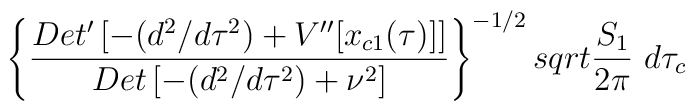
\left\{{{Det^{\prime} \left[- (d^2/d\tau^2) + V^{\prime \prime}[x_{c1}(\tau)] \right]} \over{Det \left[- (d^2/d\tau^2) + \nu^2 \right]}}\right\}^{- 1/2} \\sqrt{{{S_{1}} \over {2 \pi}}} \ d\tau_{c}